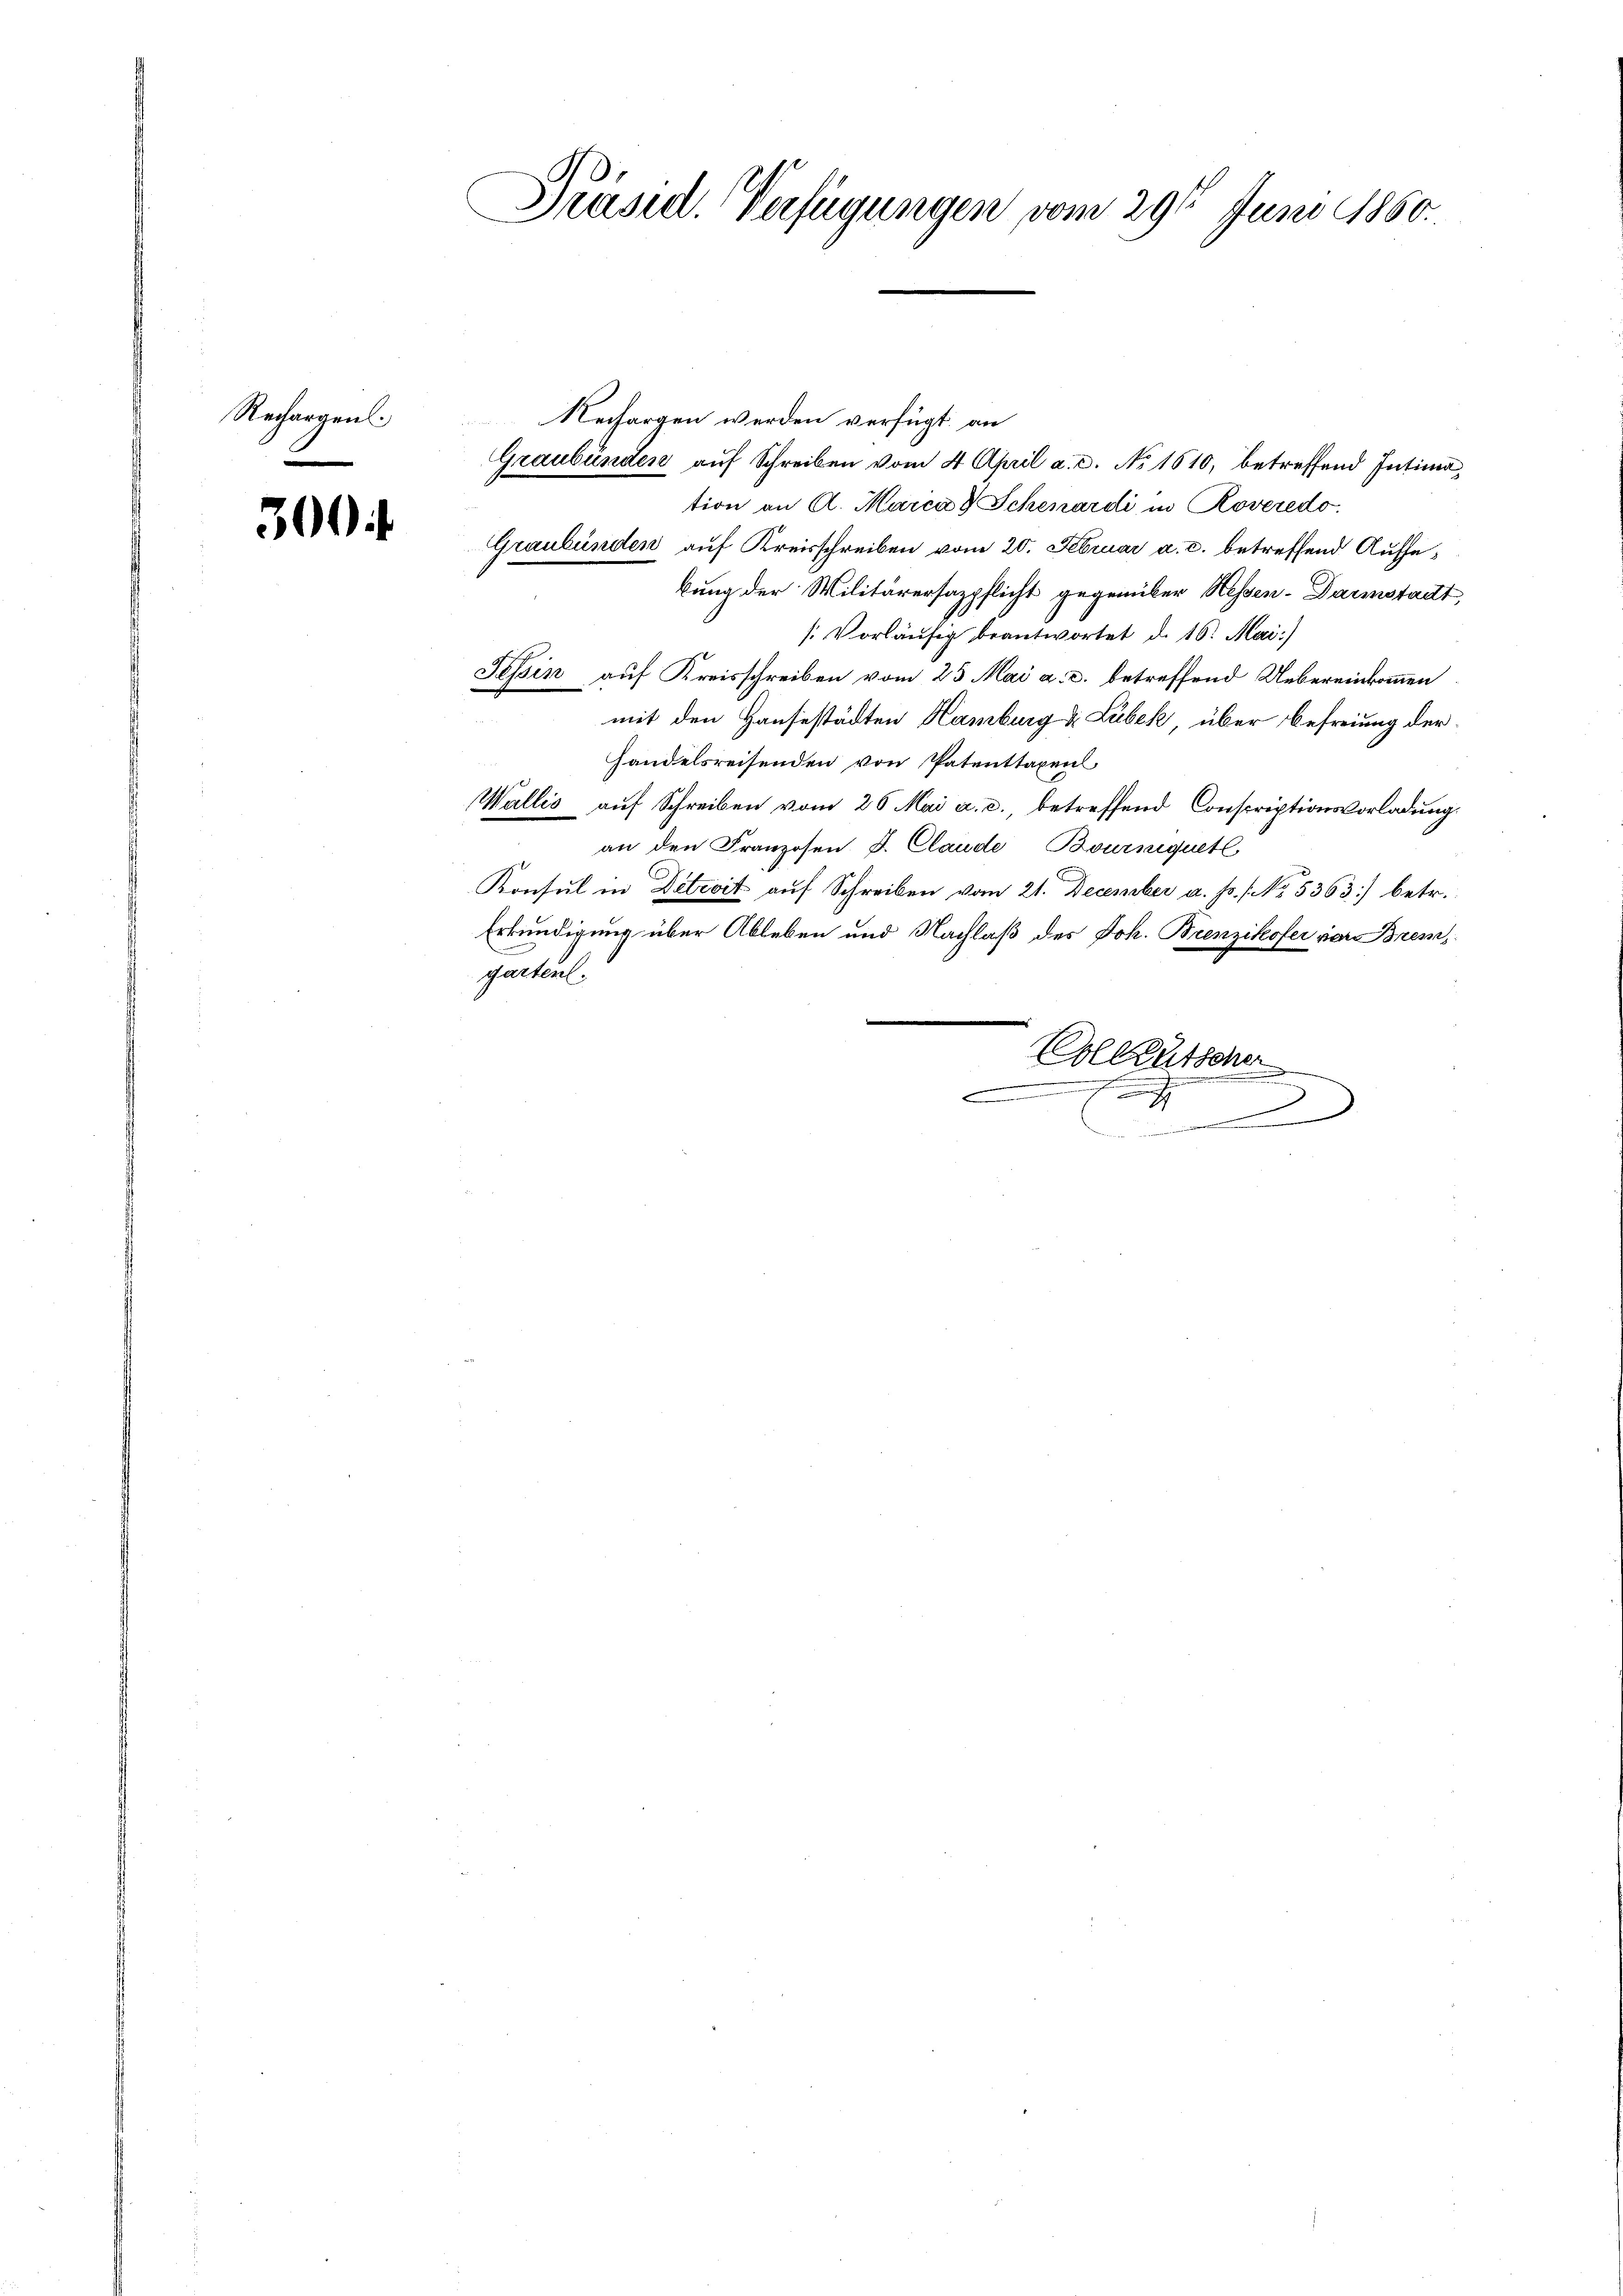
Rechargen.

300

Präsid. Verfügungen vom 29ten Juni 1860.

Nechargen werden verfügt an
Graubünden auf Schreiben vom 4 April a. c. No 1610, betreffend Intimation an A. Marca 8 Schenardi in Roveredo,
Graubünden auf Kreisschreiben vom 20. Februar a. c. betreffend Aufhebung der Militärersazpflicht gegenüber Hessen-Darmstadt,
[Vorläŭfig beantwortet d. 16. Mai:)
Tessin auf Kreisschreiben vom 25. Mai a. c. betreffend Uebereinkommen
mit den Hausestädten Hamburg & Lubek über Befreiung derhandelsreisenden von Patenttaxen
Wallis auf Schreiben vom 26. Mai a. c., betreffend Conscriptionsvorladung
an den Franzosen d. Claude Bourniquetl
Konsul in Detecit auf Schreiben vom 21. December a. Js. [No 5363) betr.
Erkundigung über Ableben und Nachlaß des Joh. Brenzikofer von Brem
garten.
.
Kolktütsche
.
J
.